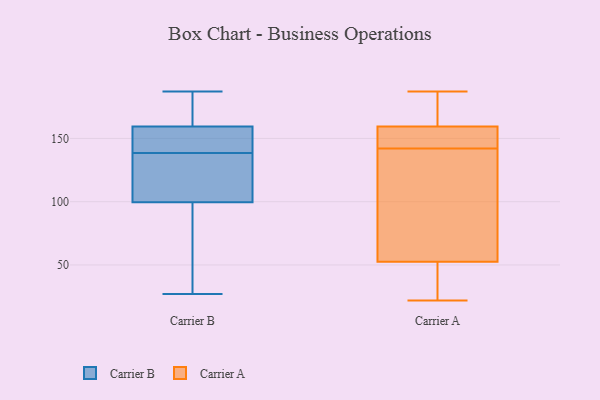
{"axis": {"x": "Shipments", "y": "Value"}, "legend": ["Carrier A", "Carrier B"], "data": [{"x": "", "y": 142, "type": "Carrier B"}, {"x": "", "y": 182, "type": "Carrier B"}, {"x": "", "y": 124, "type": "Carrier B"}, {"x": "", "y": 154, "type": "Carrier B"}, {"x": "", "y": 156, "type": "Carrier B"}, {"x": "", "y": 95, "type": "Carrier B"}, {"x": "", "y": 163, "type": "Carrier B"}, {"x": "", "y": 99, "type": "Carrier B"}, {"x": "", "y": 137, "type": "Carrier B"}, {"x": "", "y": 27, "type": "Carrier B"}, {"x": "", "y": 44, "type": "Carrier B"}, {"x": "", "y": 187, "type": "Carrier B"}, {"x": "", "y": 140, "type": "Carrier B"}, {"x": "", "y": 100, "type": "Carrier B"}, {"x": "", "y": 114, "type": "Carrier B"}, {"x": "", "y": 169, "type": "Carrier B"}, {"x": "", "y": 157, "type": "Carrier A"}, {"x": "", "y": 23, "type": "Carrier A"}, {"x": "", "y": 143, "type": "Carrier A"}, {"x": "", "y": 80, "type": "Carrier A"}, {"x": "", "y": 29, "type": "Carrier A"}, {"x": "", "y": 148, "type": "Carrier A"}, {"x": "", "y": 36, "type": "Carrier A"}, {"x": "", "y": 187, "type": "Carrier A"}, {"x": "", "y": 132, "type": "Carrier A"}, {"x": "", "y": 175, "type": "Carrier A"}, {"x": "", "y": 178, "type": "Carrier A"}, {"x": "", "y": 22, "type": "Carrier A"}, {"x": "", "y": 142, "type": "Carrier A"}, {"x": "", "y": 133, "type": "Carrier A"}, {"x": "", "y": 155, "type": "Carrier A"}, {"x": "", "y": 167, "type": "Carrier A"}, {"x": "", "y": 58, "type": "Carrier A"}]}